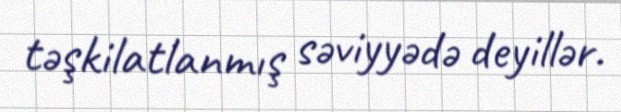
təşkilatlanmış səviyyədə deyillər.